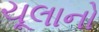
ચૂલાનો